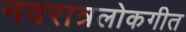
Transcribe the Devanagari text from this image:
नवरात्रलोकगीत